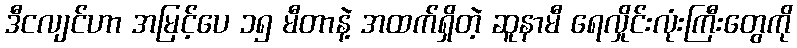
ဒီငလျင်ဟာ အမြင့်ပေ ၁၅ မီတာနဲ့ အထက်ရှိတဲ့ ဆူနာမီ ရေလှိုင်းလုံးကြီးတွေကို